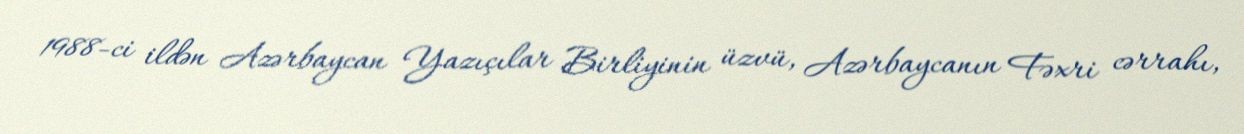
1988-ci ildən Azərbaycan Yazıçılar Birliyinin üzvü, Azərbaycanın Fəxri cərrahı,